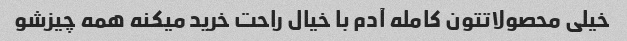
خیلی محصولاتتون کامله آدم با خیال راحت خرید میکنه همه چیزشو